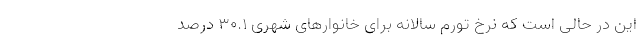
این در حالی است که نرخ تورم سالانه برای خانوارهای شهری ۳۰.۱ درصد